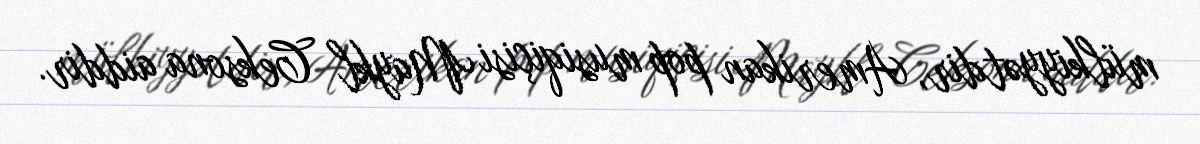
mülkiyyətdir, Amerikan pop musiqiçisi Maykl Ceksona aiddir.